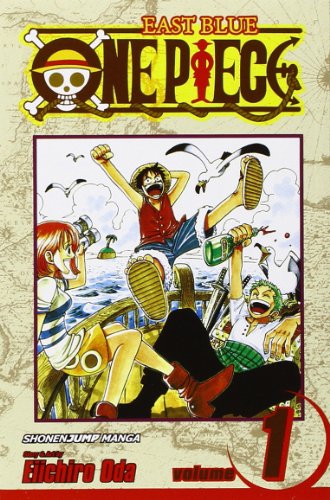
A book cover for One Piece, Vol. 1: Romance Dawn; Eiichiro Oda; Comics & Graphic Novels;